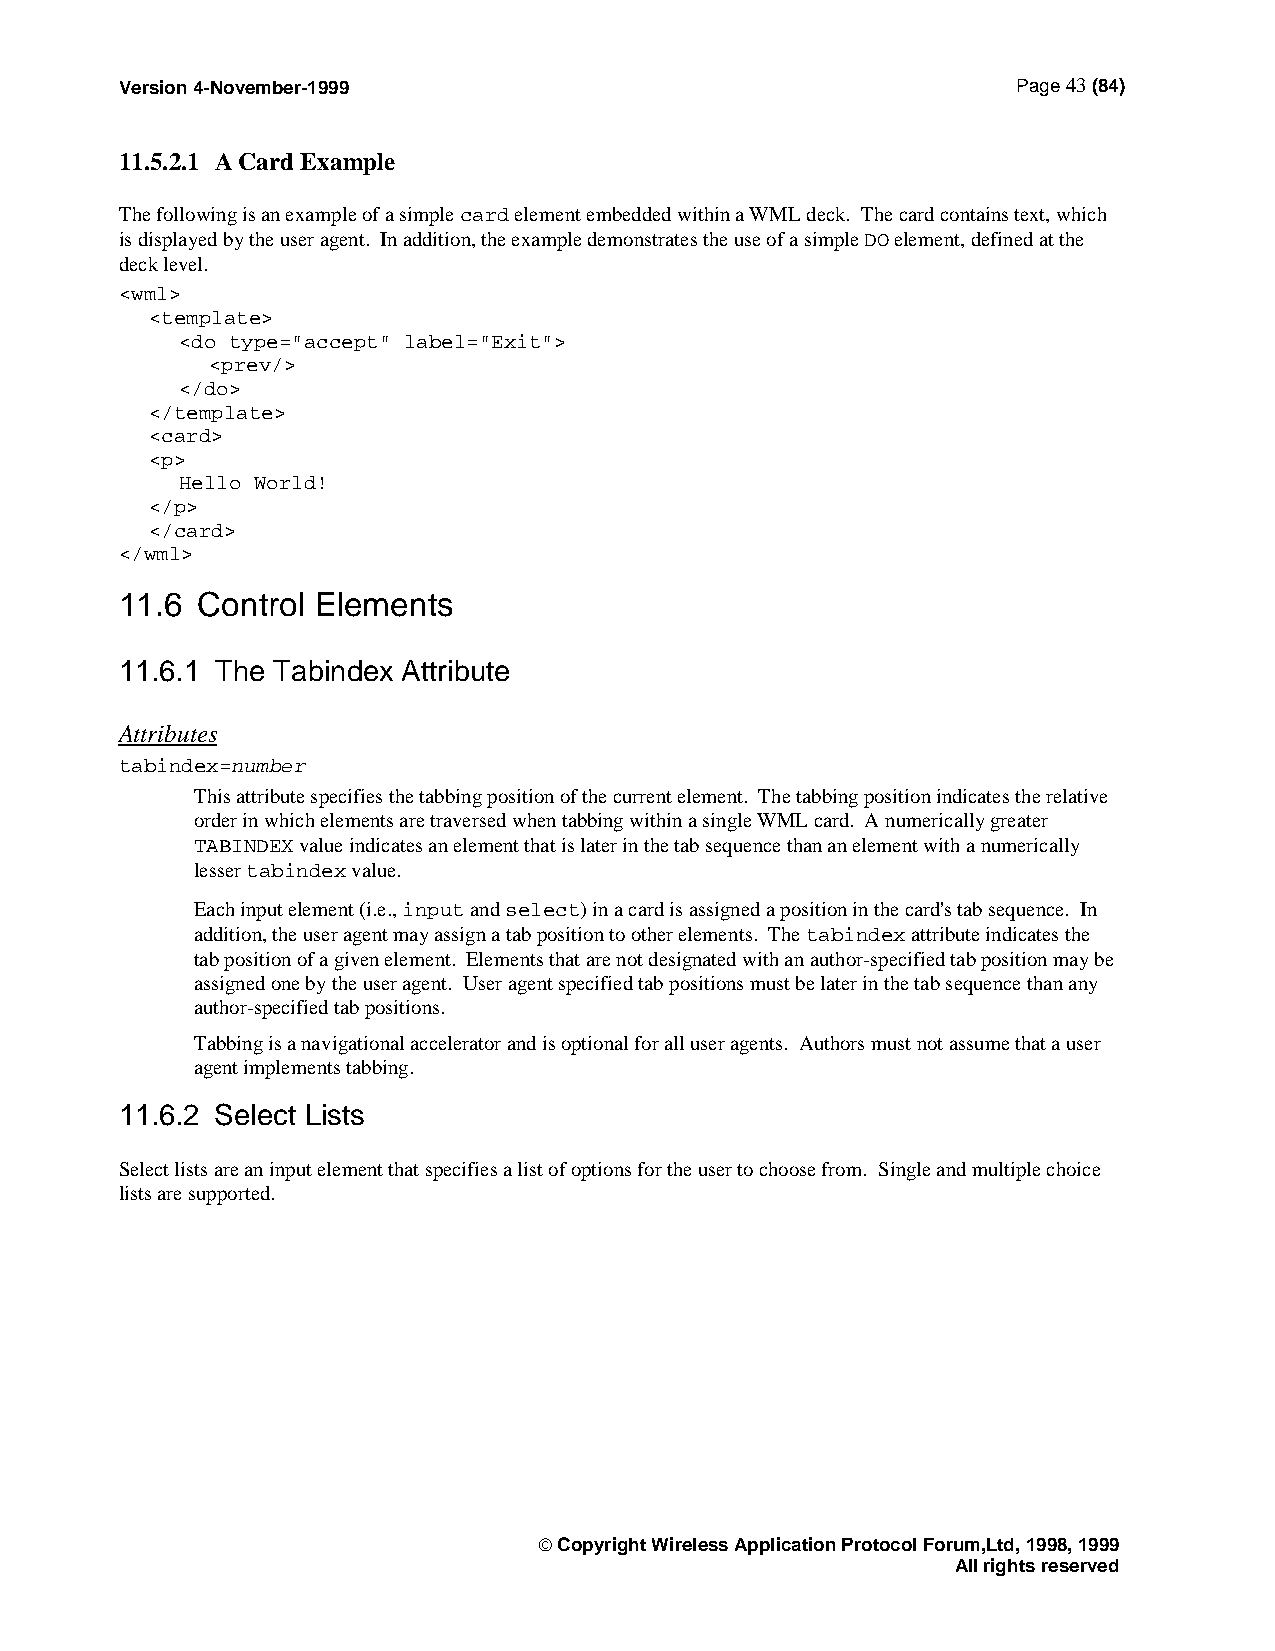
Version 4-November-1999                                    Page 43 (84)
 11.5.2.1 A Card Example
 The following is an example of a simple card element embedded within a WML deck. The card contains text, which
 is displayed by the user agent. In addition, the example demonstrates the use of a simple DO element, defined at the
 deck level.
 <wml>
 <template>
 <do type="accept" label="Exit">
 <prev/>
 </do>
 </template>
 <card>
 <p>
 Hello World!
 </p>
 </card>
 </wml>
 11.6 Control Elements
 11.6.1 The Tabindex Attribute
 Attributes
 tabindex=number
 This attribute specifies the tabbing position of the current element. The tabbing position indicates the relative
 order in which elements are traversed when tabbing within a single WML card. A numerically greater
 TABINDEX value indicates an element that is later in the tab sequence than an element with a numerically
 lesser tabindex value.
 Each input element (i.e., input and select) in a card is assigned a position in the card's tab sequence. In
 addition, the user agent may assign a tab position to other elements. The tabindex attribute indicates the
 tab position of a given element. Elements that are not designated with an author-specified tab position may be
 assigned one by the user agent. User agent specified tab positions must be later in the tab sequence than any
 author-specified tab positions.
 Tabbing is a navigational accelerator and is optional for all user agents. Authors must not assume that a user
 agent implements tabbing.
 11.6.2 Select Lists
 Select lists are an input element that specifies a list of options for the user to choose from. Single and multiple choice
 lists are supported.
  Copyright Wireless Application Protocol Forum,Ltd, 1998, 1999
 All rights reserved